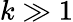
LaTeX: k\gg 1